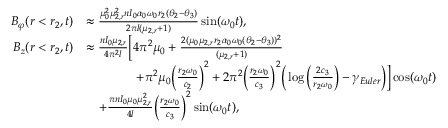
\begin{array} { r l } { B _ { \varphi } ( r < r _ { 2 } , t ) } & { \approx \frac { \mu _ { 0 } ^ { 2 } \mu _ { 2 , r } ^ { 2 } n I _ { 0 } \alpha _ { 0 } \omega _ { 0 } r _ { 2 } ( \theta _ { 2 } - \theta _ { 3 } ) } { 2 \pi l ( \mu _ { 2 , r } + 1 ) } \sin ( \omega _ { 0 } t ) , } \\ { B _ { z } ( r < r _ { 2 } , t ) } & { \approx \frac { n I _ { 0 } \mu _ { 2 , r } } { 4 \pi ^ { 2 } l } \Big [ 4 \pi ^ { 2 } \mu _ { 0 } + \frac { 2 ( \mu _ { 0 } \mu _ { 2 , r } r _ { 2 } \alpha _ { 0 } \omega _ { 0 } ( \theta _ { 2 } - \theta _ { 3 } ) ) ^ { 2 } } { ( \mu _ { 2 , r } + 1 ) } } \\ & { \qquad \qquad + \pi ^ { 2 } \mu _ { 0 } \Big ( \frac { r _ { 2 } \omega _ { 0 } } { c _ { 2 } } \Big ) ^ { 2 } + 2 \pi ^ { 2 } \Big ( \frac { r _ { 2 } \omega _ { 0 } } { c _ { 3 } } \Big ) ^ { 2 } \Big ( \log \Big ( \frac { 2 c _ { 3 } } { r _ { 2 } \omega _ { 0 } } \Big ) - \gamma _ { E u l e r } \Big ) \Big ] \cos ( \omega _ { 0 } t ) } \\ & { \quad + \frac { \pi n I _ { 0 } \mu _ { 0 } \mu _ { 2 , r } ^ { 2 } } { 4 l } \Big ( \frac { r _ { 2 } \omega _ { 0 } } { c _ { 3 } } \Big ) ^ { 2 } \sin ( \omega _ { 0 } t ) , } \end{array}